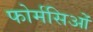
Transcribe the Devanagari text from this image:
फोर्मसिओं